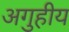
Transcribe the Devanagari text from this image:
अगुहीय